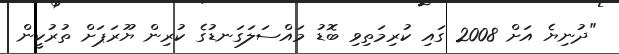
"ދުނިޔެ އަށް 2008 ގައި ކުރިމަތިވި ބޮޑު މައްސަލަގަނޑުގެ ކުރިން ޔޫރަޕަށް ތުރުކީން